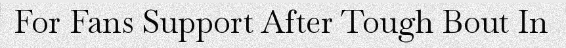
For Fans Support After Tough Bout In